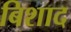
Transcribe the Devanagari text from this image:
बिशाद